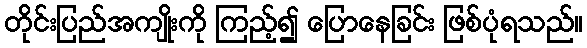
တိုင်းပြည်အကျိုးကို ကြည့်၍ ပြောနေခြင်း ဖြစ်ပုံရသည်။